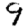
Digit: 9